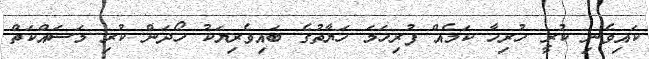
ކައިވެނި ކުރީ ހުރިހާ ކަމެއް ފުރިހަމަ ހަޔާތުގެ ބައިވެރިޔަކު ހޯދަން ކުރި މަސައްކަތް